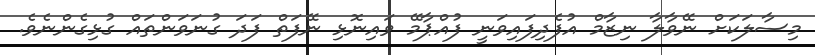
މިސާލަކަށް ނޭވާލާ ނިޒާމް އުފެދިފައިވަނީ ފުއްޕާމޭ ވައިނޮޅި ނޭފަތް ފަދަ ގުނަވަންތައް ގުޅިގެންނެވެ.